Scottish Leaving Certificate Examination, 1957
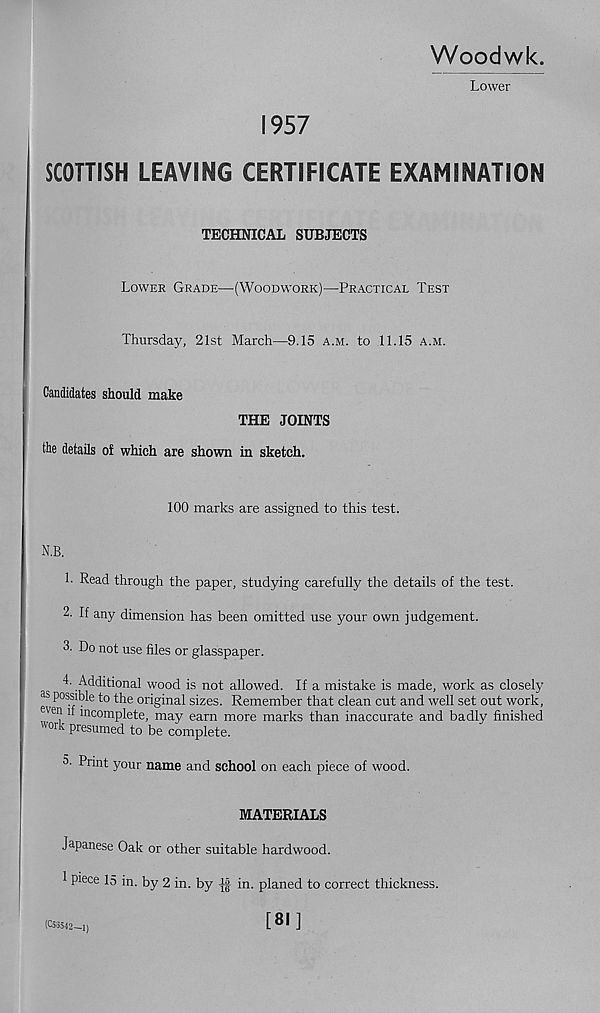
Woodwk.
Lower
1957
SCOTTISH LEAVING CERTIFICATE EXAMINATION
TECHNICAL SUBJECTS
Lower Grade—-(Woodwork)—Practical Test
Thursday, 21st March—9.15 a.m. to 11.15 a.m.
Candidates should make
THE JOINTS
the details of which are shown in sketch.
100 marks are assigned to this test.
N.B.
1. Read through the paper, studying carefully the details of the test.
2. If any dimension has been omitted use your own judgement.
3. Do not use files or glasspaper.
L Additional wood is not allowed. If a mistake is made, work as closely
as possible to the original sizes. Remember that clean cut and well set out work,
'en it incomplete, may earn more marks than inaccurate and badly finished
'ork presumed to be complete.
5- Print your name and school on each piece of wood.
MATERIALS
Japanese Oak or other suitable hardwood.
1 piece 15 in. by 2 in. by
in. planed to correct thickness.
{C58542—1)
[ ^ ]